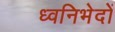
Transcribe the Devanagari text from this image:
ध्वनिभेदों